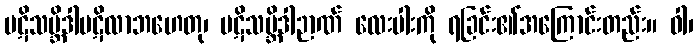
ပဋိသမ္ဘိဒါပဋိလာဘဟေတု၊ ပဋိသမ္ဘိဒါဉာဏ် လေးပါးကို ရခြင်း၏အကြောင်းတည်း။ ဝါ၊